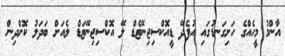
އާންމު މީހެއްގެ ހަށިގަނޑުގައި އުފެދޭ ޑީއޮކްސިޖިނޭޓެޑް ލޭ އޮކްސިޖިނޭޓަޑް ލެއަށް ބަދަލު ކޮށްދިން